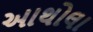
આથોલા